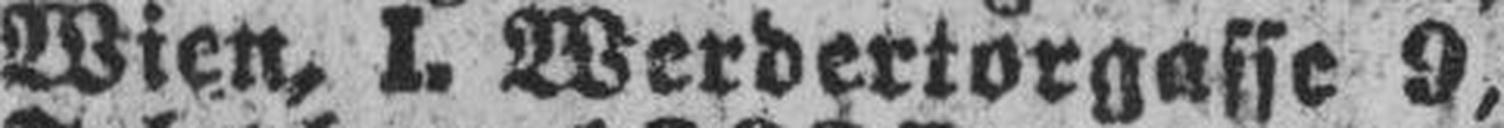
Wien, I. Werdertorgasse 9,